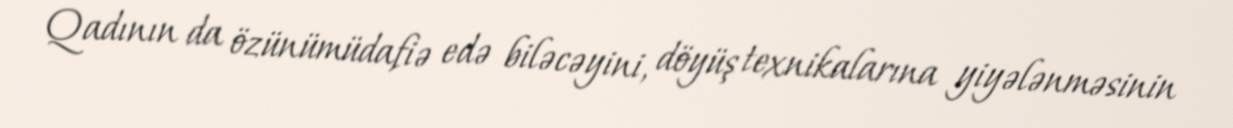
Qadının da özünümüdafiə edə biləcəyini, döyüş texnikalarına yiyələnməsinin